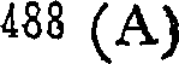
488 (A)